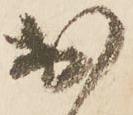
於